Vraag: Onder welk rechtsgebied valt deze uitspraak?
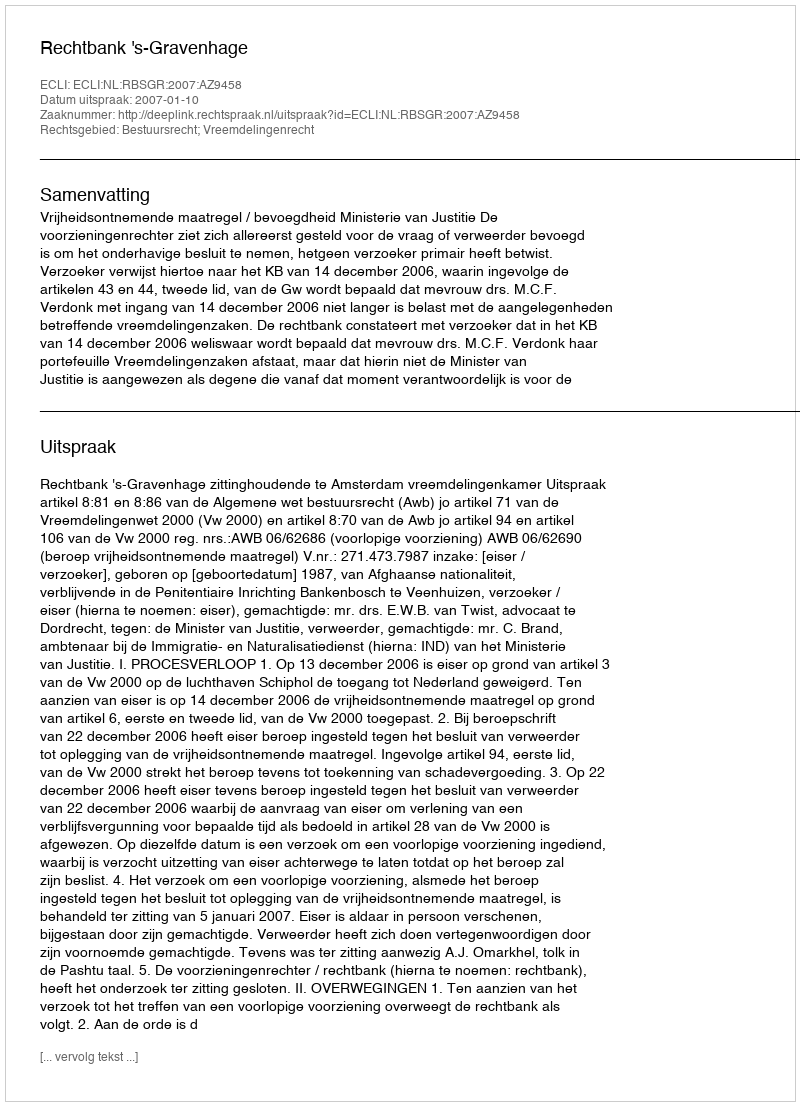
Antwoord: Bestuursrecht; Vreemdelingenrecht